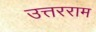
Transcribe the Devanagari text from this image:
उत्तरराम